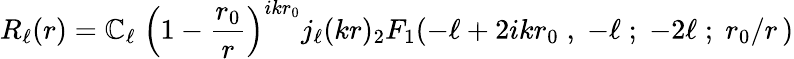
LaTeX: R_{\ell}(r)=\mathbb{C}_{\ell}\; \left(1-{\frac{{r_{0}}}{{r}}}\right)^{ikr_{0}}j_{\ell}(kr){}_{2}F_{1}(-\ell+2ikr_{0}\; ,\; -\ell\; ;\; -2\ell\; ;\; r_{0}/r\, )